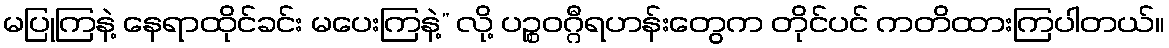
မပြုကြနဲ့ နေရာထိုင်ခင်း မပေးကြနဲ့” လို့ ပဉ္စဝဂ္ဂီရဟန်းတွေက တိုင်ပင် ကတိထားကြပါတယ်။